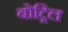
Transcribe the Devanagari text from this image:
बोट्रिल